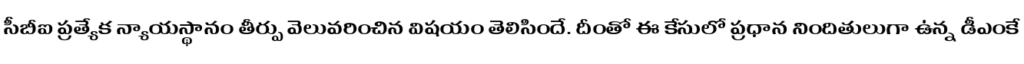
సీబీఐ ప్రత్యేక న్యాయస్థానం తీర్పు వెలువరించిన విషయం తెలిసిందే. దీంతో ఈ కేసులో ప్రధాన నిందితులుగా ఉన్న డీఎంకే